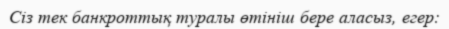
Сіз тек банкроттық туралы өтініш бере аласыз, егер: